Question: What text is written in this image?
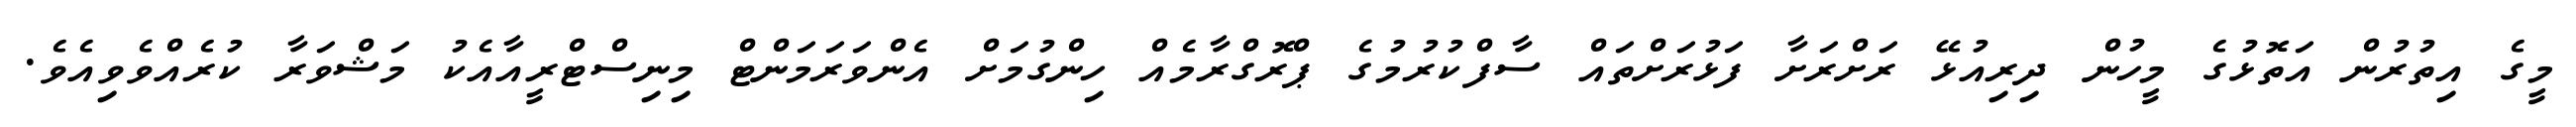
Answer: މީގެ އިތުރުން އަތޮޅުގެ މީހުން ދިރިއުޅޭ ރަށްރަށާ ފަޅުރަށްތައް ސާފްކުރުމުގެ ޕްރޮގްރާމެއް ހިންގުމަށް އެންވަރަމަންޓް މިނިސްޓްރީއާއެކު މަޝްވަރާ ކުރެއްވެވިއެވެ.